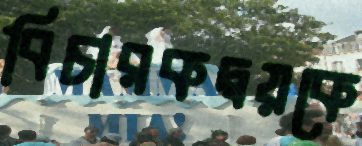
বিচারকদ্বয়কে